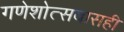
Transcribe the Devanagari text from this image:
गणेशोत्सवासही